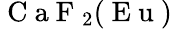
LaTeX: \mathrm{~C~a~F~}_{2}(\mathrm{~E~u~})